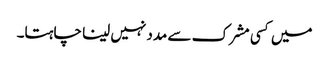
میں کسی مشرک سے مدد نہیں لینا چاہتا۔